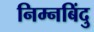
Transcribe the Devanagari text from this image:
निम्नबिंदु